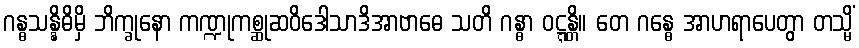
ဂန္ဓသန္နိဓိမှိ ဘိက္ခုနော ကဏ္ဍုကစ္ဆုဆဝိဒေါသာဒိအာဗာဓေ သတိ ဂန္ဓာ ဝဋ္ဋန္တိ။ တေ ဂန္ဓေ အာဟရာပေတွာ တသ္မိံ